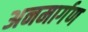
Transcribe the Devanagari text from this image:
अनमार्गण